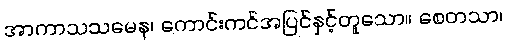
အာကာသသမေန၊ ကောင်းကင်အပြင်နှင့်တူသော။ စေတသာ၊